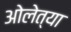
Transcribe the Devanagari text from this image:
ओलेत्या